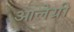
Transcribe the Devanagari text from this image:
आलेग्री